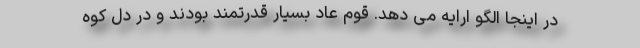
در اینجا الگو ارایه می دهد. قوم عاد بسیار قدرتمند بودند و در دل کوه